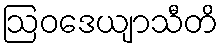
ဩဝဒေယျာသီတိ